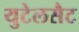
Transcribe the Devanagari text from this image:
युटेलसैट